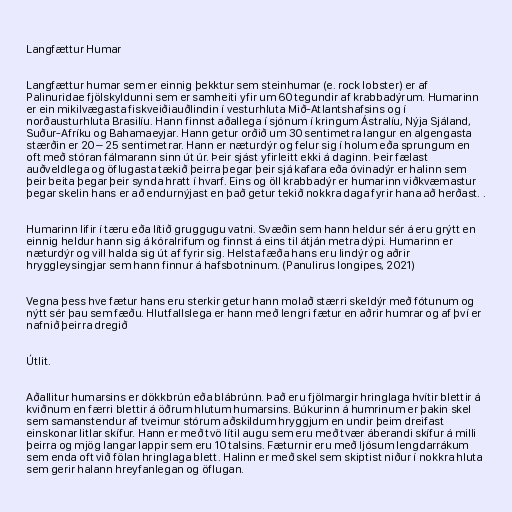
Langfættur Humar

Langfættur humar sem er einnig þekktur sem steinhumar (e. rock lobster) er af
Palinuridae fjölskyldunni sem er samheiti yfir um 60 tegundir af krabbadýrum. Humarinn
er ein mikilvægasta fiskveiðiauðlindin í vesturhluta Mið-Atlantshafsins og í
norðausturhluta Brasilíu. Hann finnst aðallega í sjónum í kringum Ástralíu, Nýja Sjáland,
Suður-Afríku og Bahamaeyjar. Hann getur orðið um 30 sentimetra langur en algengasta
stærðin er 20 – 25 sentimetrar. Hann er næturdýr og felur sig í holum eða sprungum en
oft með stóran fálmarann sinn út úr. Þeir sjást yfirleitt ekki á daginn. Þeir fælast
auðveldlega og öflugasta tækið þeirra þegar þeir sjá kafara eða óvinadýr er halinn sem
þeir beita þegar þeir synda hratt í hvarf. Eins og öll krabbadýr er humarinn viðkvæmastur
þegar skelin hans er að endurnýjast en það getur tekið nokkra daga fyrir hana að herðast. .

Humarinn lifir í tæru eða lítið gruggugu vatni. Svæðin sem hann heldur sér á eru grýtt en
einnig heldur hann sig á kóralrifum og finnst á eins til átján metra dýpi. Humarinn er
næturdýr og vill halda sig út af fyrir sig. Helsta fæða hans eru lindýr og aðrir
hryggleysingjar sem hann finnur á hafsbotninum. (Panulirus longipes, 2021)

Vegna þess hve fætur hans eru sterkir getur hann molað stærri skeldýr með fótunum og
nýtt sér þau sem fæðu. Hlutfallslega er hann með lengri fætur en aðrir humrar og af því er
nafnið þeirra dregið

Útlit.

Aðallitur humarsins er dökkbrún eða blábrúnn. Það eru fjölmargir hringlaga hvítir blettir á
kviðnum en færri blettir á öðrum hlutum humarsins. Búkurinn á humrinum er þakin skel
sem samanstendur af tveimur stórum aðskildum hryggjum en undir þeim dreifast
einskonar litlar skífur. Hann er með tvö lítil augu sem eru með tvær áberandi skífur á milli
þeirra og mjög langar lappir sem eru 10 talsins. Fæturnir eru með ljósum lengdarrákum
sem enda oft við fölan hringlaga blett. Halinn er með skel sem skiptist niður í nokkra hluta
sem gerir halann hreyfanlegan og öflugan.